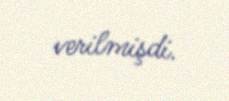
verilmişdi.